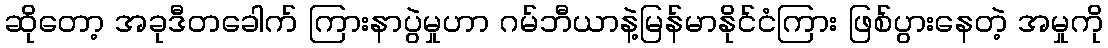
ဆိုတော့ အခုဒီတခေါက် ကြားနာပွဲမှုဟာ ဂမ်ဘီယာနဲ့မြန်မာနိုင်ငံကြား ဖြစ်ပွားနေတဲ့ အမှုကို